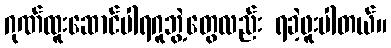
ဂုဏ်ထူးဆောင်ပါရဂူဘွဲ့တွေလည်း ရခဲ့ဖူးပါတယ်။